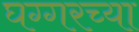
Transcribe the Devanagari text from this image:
घग्गरच्या